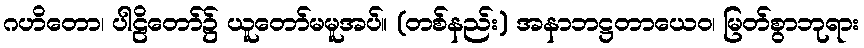
ဂဟိတော၊ ပါဠိတော်၌ ယူတော်မမူအပ်။ (တစ်နည်း) အနာဘဋ္ဌတာယေဝ၊ မြတ်စွာဘုရား